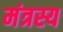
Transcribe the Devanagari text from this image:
मंत्रस्य